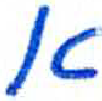
אות: א